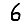
Digit: 6